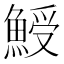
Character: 𩸣